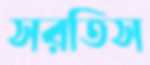
সরতিস